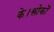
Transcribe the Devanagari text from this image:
के।श्लोकों